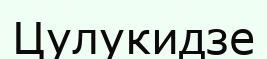
Цулукидзе